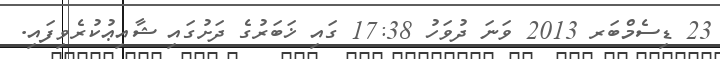
23 ޑިސެމްބަރ 2013 ވަނަ ދުވަހު 17:38 ގައި ޚަބަރުގެ ދަށުގައި ޝާއިޢުކުރެވިފައި.